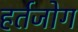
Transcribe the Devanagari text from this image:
हर्तजोग